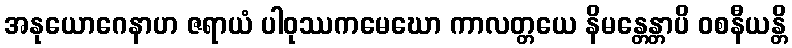
အနုယောဂေနာဟ ဇရာယံ ပါဝုဿကမေဃော ကာလတ္တယေ နိမန္တေန္တာပိ ဝစနီယန္တိ